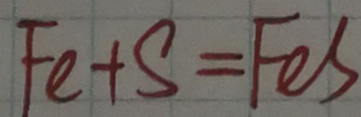
F e + S = F e S